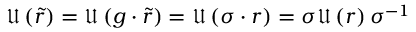
\mathfrak { U } \left( \tilde { r } \right) = \mathfrak { U } \left( g \cdot \tilde { r } \right) = \mathfrak { U } \left( \sigma \cdot r \right) = \sigma \mathfrak { U } \left( r \right) \sigma ^ { - 1 }